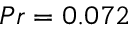
{ P r = 0 . 0 7 2 }